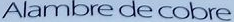
Alambredecobre